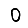
Digit: 0